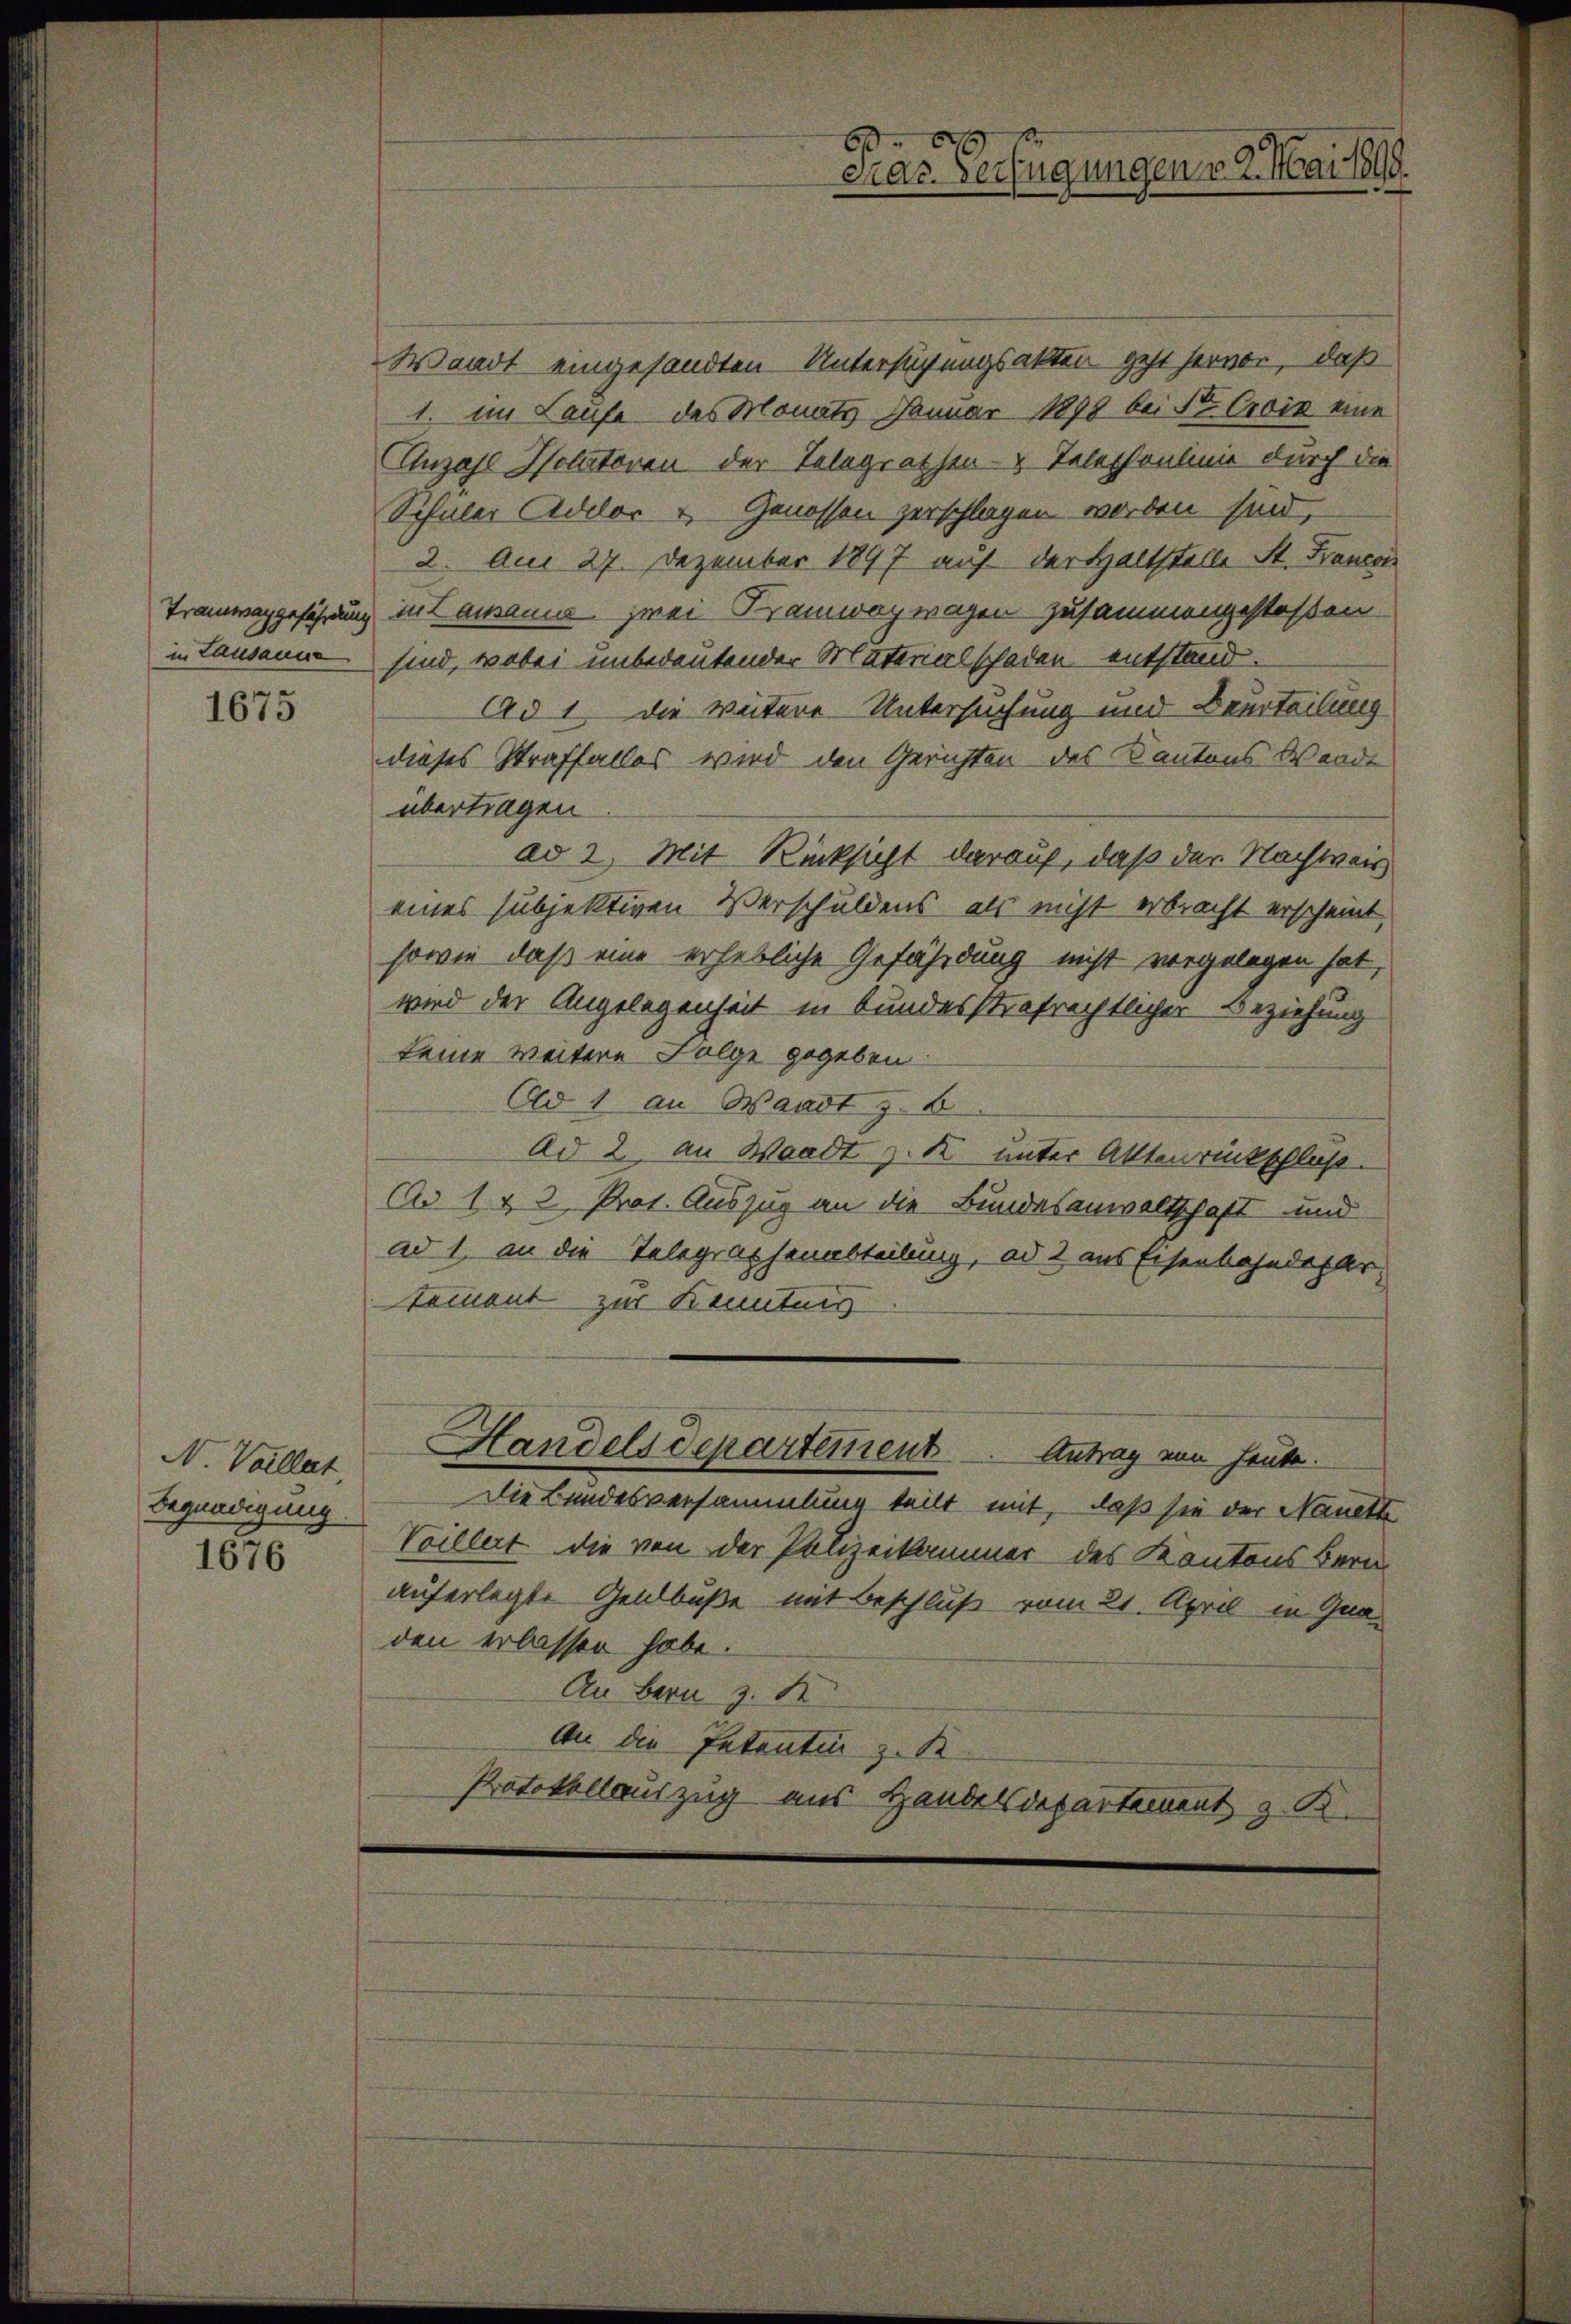
in Lausanne

1675

N. Vaillat,
Begnadigung

1676

Waadt eingesandten Untersuchungsakter geht hervor, daß
1. im Laufe des Monats Januar 1898 bei Sr Croix eine
Unzahl Solatoren der Telegrathen Telephonlinie durch die
Schüler Adelor u. Genossen zerschlagen worden sind,
2. Am 27. Dezember 1897 auf der Haltstelle St. Francoi
Tramwaggefährdung mit ausanne zwei Kramwagwagen zusammengestoßen
sind, wobei unbedeutender Materialschaden entstand¬
Ad 1 die vätere Untersuchung und Beurteilung
dieses Straffalles wird den Gerichten des Kantons Wande
übertragen
ad 2. Mit Rücksicht darauf, daß der Nachweis
eines subjektiven Verschuldens, als nicht erbracht erscheint,
sowie daß eine erhebliche Gefährdung nicht vorgelegen hat,
wird der Angelegenheit in bundesstrafrechtlicher Beziehung
keine weitere Folge gegeben
Ad 1 an Waadt z. B
Ad 2. an Waadt z. K. unter Aktenrückschluß.
Ao 1 & 2 Prot. Auszug an die Bundesanwaltschaft und
ad 1. an die Telegraphenabteilung, ad 2 aus Eisenbahndepar
tement zur Kenntnis
Handelsdepartement Antrag von heute.
Die Bundesversammlung teilt mit, daß sie der Nanett
Voillert die von der Polizeikammer des Kantons Bern
auferlegte Geldbuße mit Beschluß vom 21. April in Gnaden erlassen habe.
An Bern z. B.
An die Intenten z. B.
Protokollauszug aus Handelsdepartement z. K.

6
Gras Verfügungen v. 2. Mai 1899.